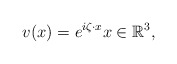
\begin{align*}v(x)=e^{i \zeta\cdot x}x\in\mathbb{R}^3,\end{align*}